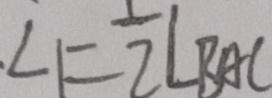
\angle 1 = \frac { 1 } { 2 } \angle B A C